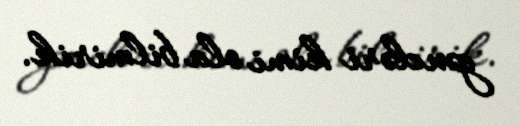
gəncləri kimi ola bilmirik.